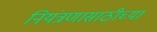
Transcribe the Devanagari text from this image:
नियंत्रणासाठीच्या